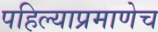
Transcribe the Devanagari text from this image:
पहिल्याप्रमाणेच